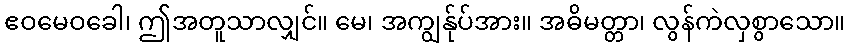
ဧဝမေဝခေါ၊ ဤအတူသာလျှင်။ မေ၊ အကျွန်ုပ်အား။ အဓိမတ္တာ၊ လွန်ကဲလှစွာသော။